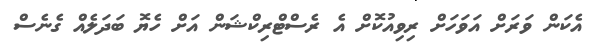
އެކަން ވަރަށް އަވަހަށް ރިވިއުކޮށް އެ ރެސްޓްރިކްޝަން އަށް ހެޔޮ ބަދަލެއް ގެނެސް